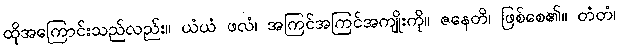
ထိုအကြောင်းသည်လည်း။ ယံယံ ဖလံ၊ အကြင်အကြင်အကျိုးကို။ ဇနေတိ၊ ဖြစ်စေ၏။ တံတံ၊